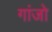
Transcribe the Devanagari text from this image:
गांजो